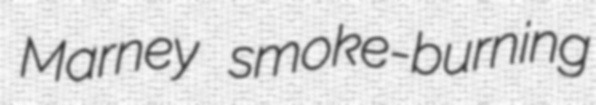
Marney smoke-burning